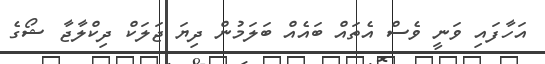
އަހާފައި ވަނީ ވެސް އެތައް ބައެއް ބަލަމުން ދިޔަ ޖަލަކް ދިކްލާޖާ ޝޯގެ